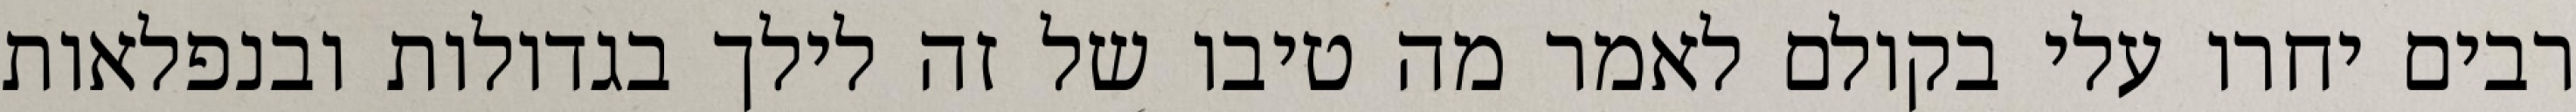
רבים יחרו עלי בקולם לאמר מה טיבו של זה לילך בגדולות ובנפלאות